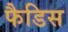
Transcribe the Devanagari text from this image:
फैडिस